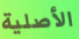
الأصلية